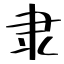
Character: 隶